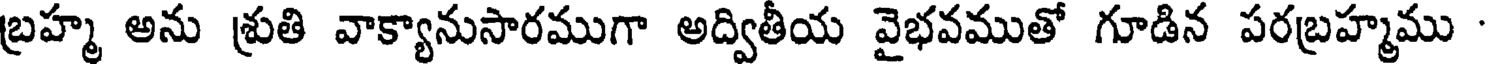
బ్రహ్మ అను శ్రుతి వాక్యానుసారముగా అద్వితీయ వైభవముతో గూడిన పరబ్రహ్మము